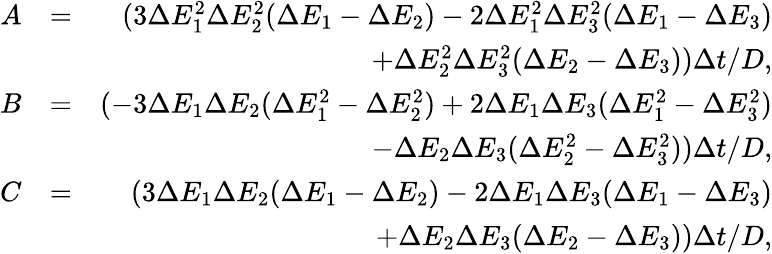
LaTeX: \begin{array}{rlr}{A}&{=}&{(3\Delta E_{1}^{2}\Delta E_{2}^{2}(\Delta E_{1}-\Delta E_{2})-2\Delta E_{1}^{2}\Delta E_{3}^{2}(\Delta E_{1}-\Delta E_{3})\strut}\\ &{}&{\strut+\Delta E_{2}^{2}\Delta E_{3}^{2}(\Delta E_{2}-\Delta E_{3}))\Delta t/D,}\\ {B}&{=}&{(-3\Delta E_{1}\Delta E_{2}(\Delta E_{1}^{2}-\Delta E_{2}^{2})+2\Delta E_{1}\Delta E_{3}(\Delta E_{1}^{2}-\Delta E_{3}^{2})\strut}\\ &{}&{\strut-\Delta E_{2}\Delta E_{3}(\Delta E_{2}^{2}-\Delta E_{3}^{2}))\Delta t/D,}\\ {C}&{=}&{(3\Delta E_{1}\Delta E_{2}(\Delta E_{1}-\Delta E_{2})-2\Delta E_{1}\Delta E_{3}(\Delta E_{1}-\Delta E_{3})\strut}\\ &{}&{\strut+\Delta E_{2}\Delta E_{3}(\Delta E_{2}-\Delta E_{3}))\Delta t/D,}\end{array}